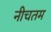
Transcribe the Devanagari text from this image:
नीचतम